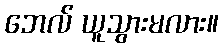
ဘေလ် ယူသွားမလား။